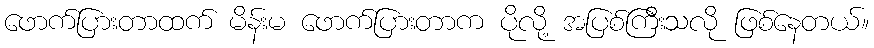
ဖောက်ပြားတာထက် မိန်းမ ဖောက်ပြားတာက ပိုလို့ အပြစ်ကြီးသလို ဖြစ်နေတယ်။